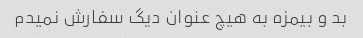
بد و بیمزه به هیچ عنوان دیگ سفارش نمیدم